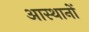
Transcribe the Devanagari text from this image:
आस्थानों